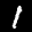
Label: 1